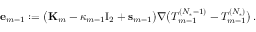
\mathbf { e } _ { m - 1 } : = \bigl ( \mathbf { K } _ { m } - \kappa _ { m - 1 } \ensuremath { \mathrm { I } _ { 2 } } + \mathbf { s } _ { m - 1 } \bigr ) \nabla \bigl ( T _ { m - 1 } ^ { ( N _ { * } - 1 ) } - T _ { m - 1 } ^ { ( N _ { * } ) } \bigr ) \, .